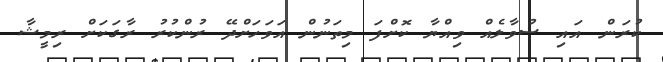
ކުރަން އައި ސުވާލެއް ވިއްޔާ ކޮށްފަ މިތަނުން އަވަހަށްދޭ ރުންކުރު ރާގަކަށް ރިމީޝާ